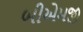
બીએમજી